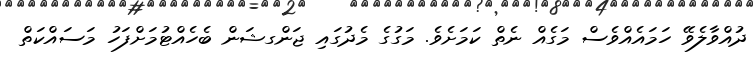
ދުއްވާލެވޭ ހަމައެއްވެސް މަގެއް ނެތް ކަމަށެވެ. މަގުގެ މެދުގައި ޖަންގޝަން ބެހެއްޓުމަށްފަހު މަސައްކަތް